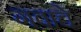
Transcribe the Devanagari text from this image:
गवाचे